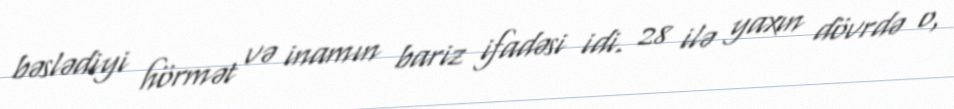
bəslədiyi hörmət və inamın bariz ifadəsi idi. 28 ilə yaxın dövrdə o,